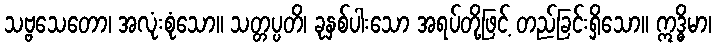
သဗ္ဗသေတော၊ အလုံးစုံသော။ သတ္တပ္ပတိ၊ ခုနှစ်ပါးသော အရပ်တို့ဖြင့် တည်ခြင်းရှိသော။ ဣဒ္ဓိမာ၊